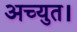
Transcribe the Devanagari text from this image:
अच्युत।